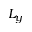
L _ { y }